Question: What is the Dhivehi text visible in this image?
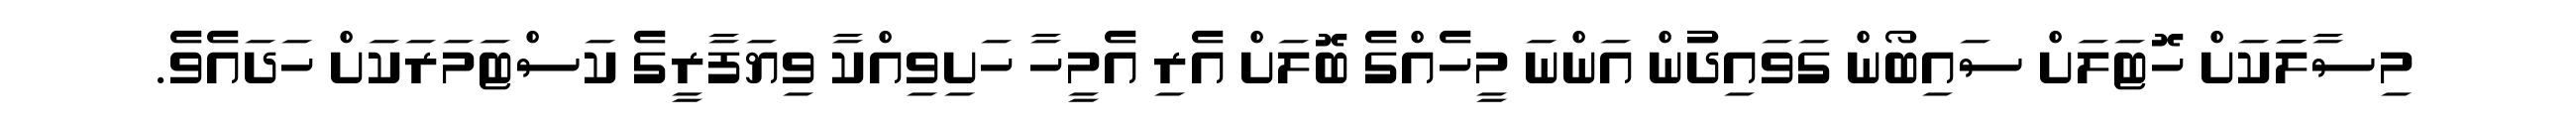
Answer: މިސާލަަކަށް ހޮޓަލަށް ސައިބޯން ގަވައިދުން އަންނަ މީހެއްގެ ބޮލަށް އެރި އެމީހާ ހަށިވިއްކާ ވިޔަފާރީގެ ކަސްޓަމަރަކަށް ހަދައެވެ.